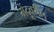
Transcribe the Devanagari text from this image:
मेंदूवरील